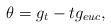
LaTeX: \begin{align*} \theta=g_{t}-tg_{euc}, \end{align*}